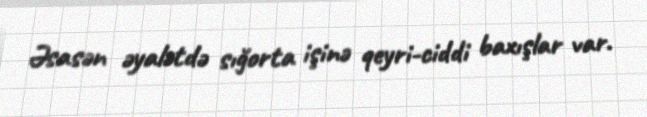
Əsasən əyalətdə sığorta işinə qeyri-ciddi baxışlar var.